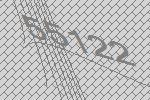
55122